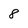
Character: 8